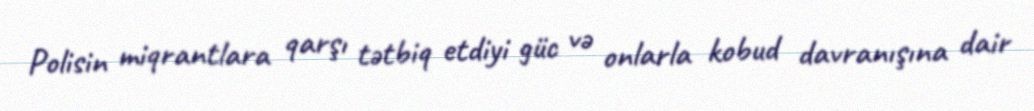
Polisin miqrantlara qarşı tətbiq etdiyi güc və onlarla kobud davranışına dair